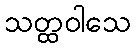
သတ္ထဝါသေ